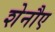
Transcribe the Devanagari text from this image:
शेनौए